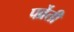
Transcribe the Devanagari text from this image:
पर्व्रेती